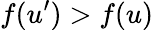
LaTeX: f(u^{\prime})>f(u)